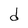
Character: d